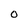
Character: O